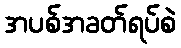
အပစ်အခတ်ရပ်စဲ